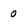
Character: 0